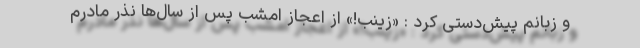
و زبانم پیش‌دستی کرد : «زینب!» از اعجاز امشب پس از سال‌ها نذر مادرم